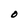
Character: O